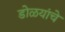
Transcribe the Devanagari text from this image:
डोळयांचे